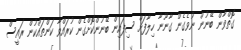
ގޮތްވާން ބޭނުން ނުވެގެން ގާނޫނާ ހިލާފަށް ސިފައިން ބޭނުންކޮށްގެން ކުރައްވާ ކަންތައްކުން ރައީސް